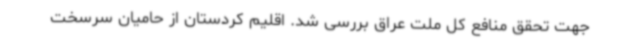
جهت تحقق منافع کل ملت عراق بررسی شد. اقلیم کردستان از حامیان سرسخت